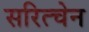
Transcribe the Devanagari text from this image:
सरित्चेन